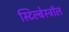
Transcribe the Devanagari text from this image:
स्टिल्बेस्ट्रॉल